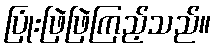
ပြုံးဖြဲဖြဲကြည့်သည်။